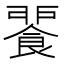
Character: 𩜕